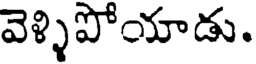
వెళ్ళిపోయాడు.